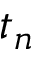
t _ { n }